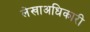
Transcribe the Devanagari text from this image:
लेखाअधिकारी